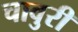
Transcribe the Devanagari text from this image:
चावुरी